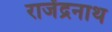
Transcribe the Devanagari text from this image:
राजेंद्रनाथ